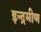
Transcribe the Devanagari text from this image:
इन्द्रमीण